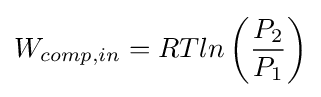
W_{comp,in}=RTln\left({\frac {P_{2}}{P_{1}}}\right)